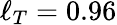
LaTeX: \ell_{T}=0.96